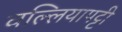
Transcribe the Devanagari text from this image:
वल्लियापट्टी